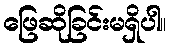
ဖြေဆိုခြင်းမရှိပါ။